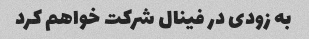
به زودی در فینال شرکت خواهم کرد